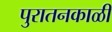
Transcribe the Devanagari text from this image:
पुरातनकाळी